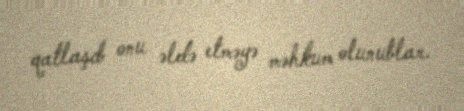
qatlaşıb onu əldə etməyə məhkum olunublar.